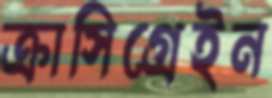
ক্রাসিগ্রেইন